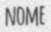
NOME